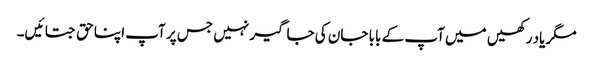
مگر یاد رکھیں میں آپ کے بابا جان کی جاگیر نہیں جس پر آپ اپنا حق جتائیں۔